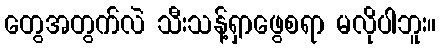
တွေအတွက်လဲ သီးသန့်ရှာဖွေစရာ မလိုပါဘူး။